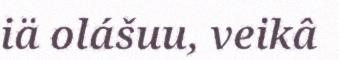
iä olášuu, veikâ